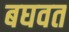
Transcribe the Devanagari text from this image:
बघवत